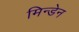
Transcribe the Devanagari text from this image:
मिन्डेन